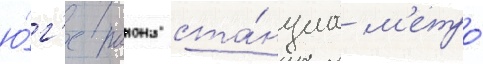
ю́г'е раиона ста́нциа м'етро́